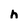
Character: h